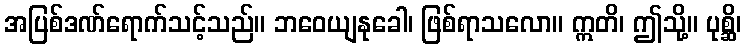
အပြစ်ဒဏ်ရောက်သင့်သည်။ ဘဝေယျနုခေါ၊ ဖြစ်ရာသလော။ ဣတိ၊ ဤသို့။ ပုစ္ဆိ၊